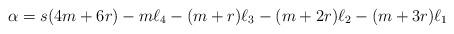
LaTeX: \begin{align*} \alpha = s(4m+6r) -m\ell_4 -(m+r)\ell_3 -(m+2r)\ell_2 - (m+3r)\ell_1\end{align*}